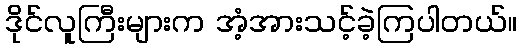
ဒိုင်လူကြီးများက အံ့အားသင့်ခဲ့ကြပါတယ်။